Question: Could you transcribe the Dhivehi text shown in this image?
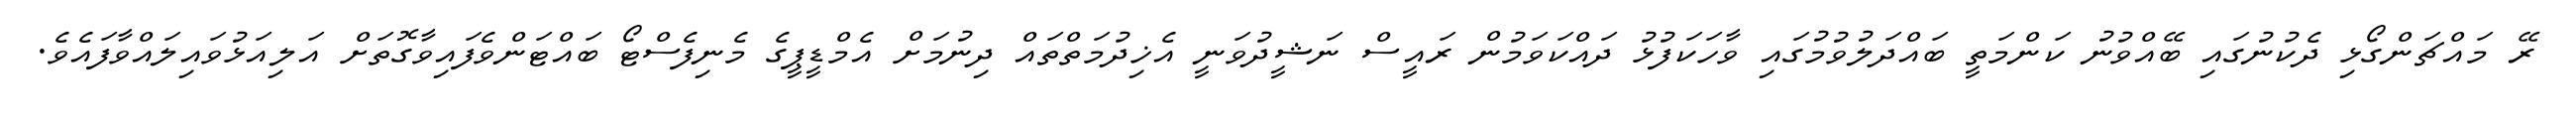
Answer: ރޭ މައްޗަންގޯޅި ދެކުނުގައި ބޭއްވުނު ކަންމަތީ ބައްދަލުވުމުގައި ވާހަކަފުޅު ދައްކަވަމުން ރައީސް ނަޝީދުވަނީ އެޚިދުމަތްތައް ދިނުމަށް އެމްޑީޕީގެ މެނިފެސްޓޯ ބައްޓަންވެފައިވާގޮތަށް އަލިއަޅުވައިލައްވާފައެވެ.